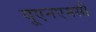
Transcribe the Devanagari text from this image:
यूएनएमसी